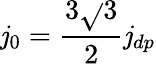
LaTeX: \mathit{j}_{0}=\frac{{3\sqrt{}{{3}}}}{{2}}\mathit{j}_{dp}